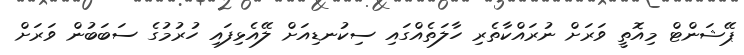
ޕޭޝަންޓް މިއޮތީ ވަރަށް ނުރައްކާތެރި ހާލަތެއްގައި ސިކުނޑިއަށް ލޭއެޅިފައި ހުރުމުގެ ސަބަބުން ވަރަށް